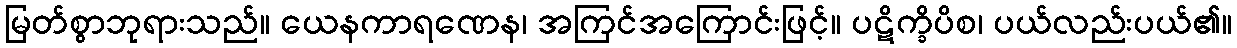
မြတ်စွာဘုရားသည်။ ယေနကာရဏေန၊ အကြင်အကြောင်းဖြင့်။ ပဋိက္ခိပိစ၊ ပယ်လည်းပယ်၏။